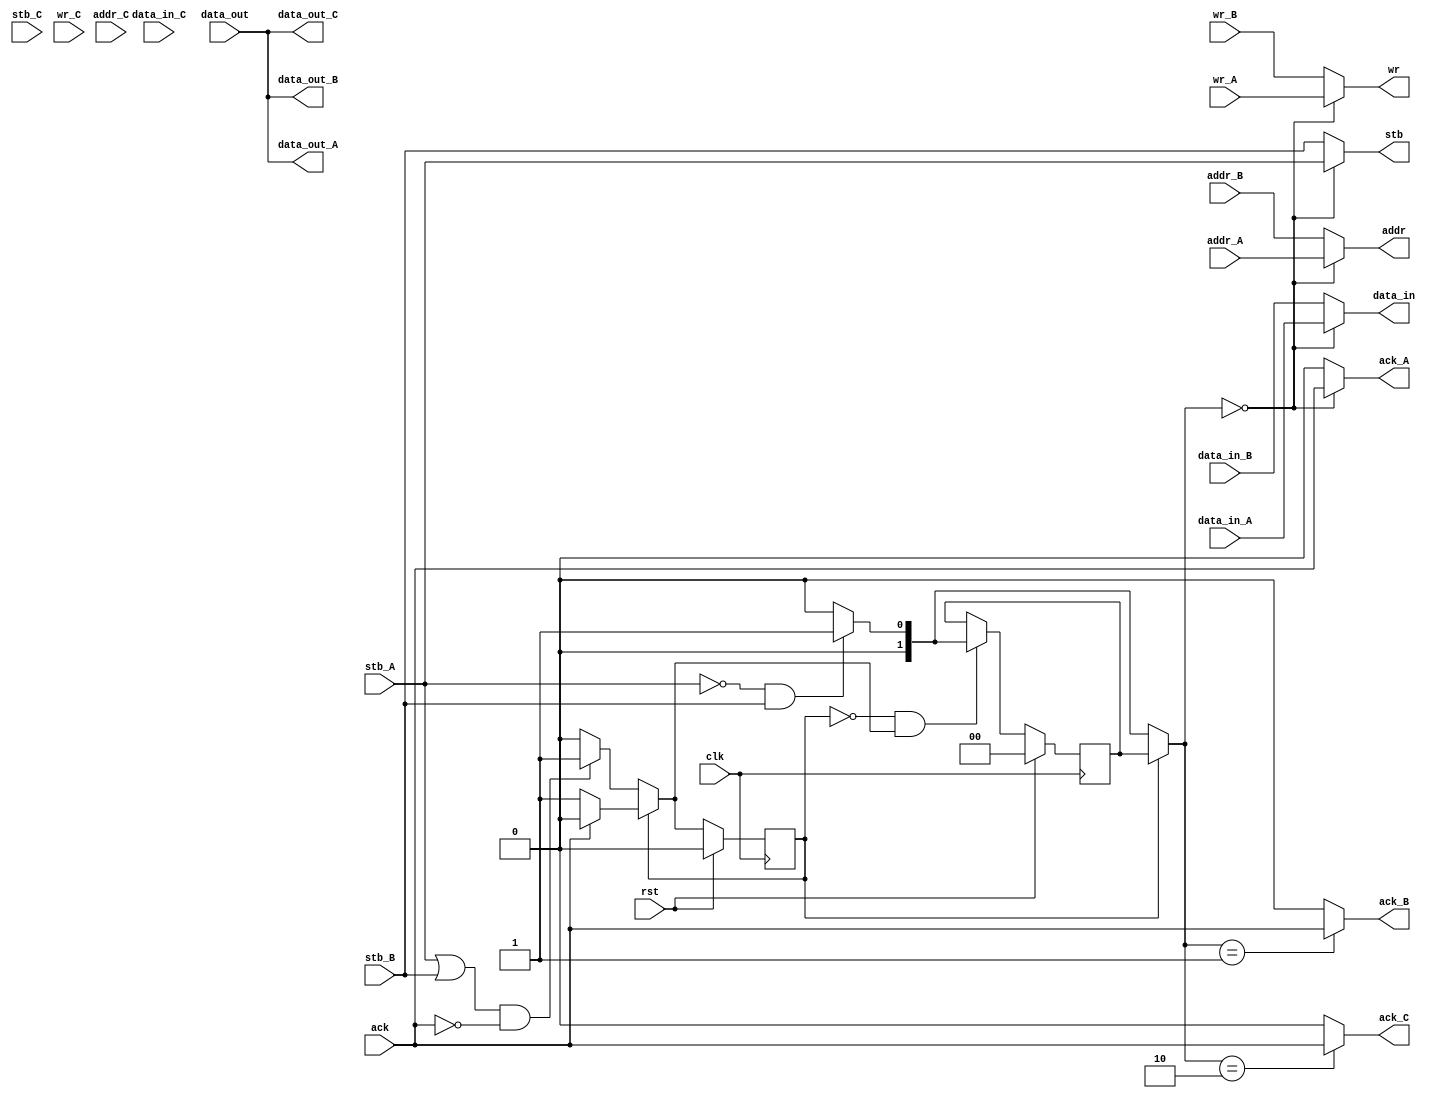
module oc8051_memarbiter(
    clk, 
    rst, 
    // port A.
    stb_A,
    wr_A, 
    ack_A,
    addr_A, 
    data_in_A, 
    data_out_A,
    // port B.
    stb_B,
    wr_B, 
    ack_B,
    addr_B, 
    data_in_B, 
    data_out_B,
    // port C.
    stb_C,
    wr_C,
    ack_C,
    addr_C,
    data_in_C,
    data_out_C,
    // memory (XRAM) port.
    stb,
    wr,
    ack,
    addr,
    data_in,
    data_out
);
input           clk;
input           rst;

// port A.
input           stb_A;
output          ack_A;
input           wr_A;
input [15:0]    addr_A;
input [7:0]     data_in_A;
output [7:0]    data_out_A;

// port B.
input           stb_B;
output          ack_B;
input           wr_B;
input [15:0]    addr_B;
input [7:0]     data_in_B;
output [7:0]    data_out_B;

// port C.
input           stb_C;
output          ack_C;
input           wr_C;
input [15:0]    addr_C;
input [7:0]     data_in_C;
output [7:0]    data_out_C;

// XRAM (memory) port.
output          stb;
output          wr;
input           ack;
output [15:0]   addr;
output [7:0]    data_in;
input [7:0]     data_out;

localparam PORT_A = 2'd0;
localparam PORT_B = 2'd1;
localparam PORT_C = 2'd2;

wire [1:0] selected_port;

// Is the arbiter already held, or is it going to make a new choice?
reg arbiter_state;      

// arbitration muxes.
wire stb        = selected_port == PORT_A ? stb_A     : stb_B; 
                  //selected_port == PORT_B ? stb_B     : stb_C;

wire wr         = selected_port == PORT_A ? wr_A      : wr_B; 
                  //selected_port == PORT_B ? wr_B      : wr_C;

wire [15:0] addr = selected_port == PORT_A ? addr_A    :addr_B; 
                   //selected_port == PORT_B ? addr_B    : addr_C;

wire [7:0] data_in = selected_port == PORT_A ? data_in_A : data_in_B; 
                     //selected_port == PORT_B ? data_in_B : data_in_C;

wire ack_A      = selected_port == PORT_A ? ack : 1'b0;
wire ack_B      = selected_port == PORT_B ? ack : 1'b0;
wire ack_C      = selected_port == PORT_C ? ack : 1'b0;

wire [7:0] data_out_A = data_out;
wire [7:0] data_out_B = data_out;
wire [7:0] data_out_C = data_out;

// selection logic.
localparam STATE_INUSE = 1'd1;
localparam STATE_IDLE  = 1'd0;

// The next state of the arbiter.
// If currently in use, and we got an ack, then transition to idle.
wire arbiter_state_inuse_next = ack ? STATE_IDLE : STATE_INUSE;

// If current idle and someone made a request, transition to inuse.
wire arbiter_state_idle_next  = 
        ((stb_A || stb_B) && !ack) ? STATE_INUSE : STATE_IDLE;

        //((stb_A || stb_B || stb_C) && !ack) ? STATE_INUSE : STATE_IDLE;
// Next state of the arbiter.
wire arbiter_state_next = 
        (arbiter_state == STATE_IDLE)  ? arbiter_state_idle_next  :
        (arbiter_state == STATE_INUSE) ? arbiter_state_inuse_next : 1'bX;

// Do we select a new winner for the arbitration? Answer is yes if we are
// currently idle and won't be idle in the next cycle.
wire arbit_select_winner = (arbiter_state == STATE_IDLE) && (arbiter_state_next == STATE_INUSE);

// Who is the new winner? C has the lowest priority, then B then A.
//wire [1:0] arbit_winner = (!stb_A && !stb_B && stb_C) ? PORT_C :
wire [1:0] arbit_winner = (!stb_A && stb_B)? PORT_B : PORT_A;
// Who is the current holder of the arbitration?
reg [1:0] arbit_holder;       
wire [1:0] arbit_holder_next = arbit_select_winner ? arbit_winner : arbit_holder;

// The selected port is the current cycle winner if we are idle
// and the current holder if we are in use.
assign selected_port = (arbiter_state == STATE_IDLE) ? arbit_winner : arbit_holder;

always @(posedge clk)
begin
    if (rst) begin
        arbiter_state       <= STATE_IDLE;
        arbit_holder        <= PORT_A;
    end
    else begin
        arbiter_state       <= arbiter_state_next;
        arbit_holder        <= arbit_holder_next;
    end
end
endmodule